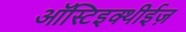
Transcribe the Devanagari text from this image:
ऑस्टिइक्थीईज़